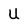
Character: U